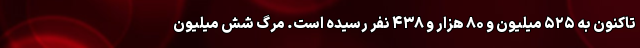
تاکنون به ۵۲۵ میلیون و ۸۰ هزار و ۴۳۸ نفر رسیده است. مرگ شش میلیون